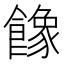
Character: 𩞧